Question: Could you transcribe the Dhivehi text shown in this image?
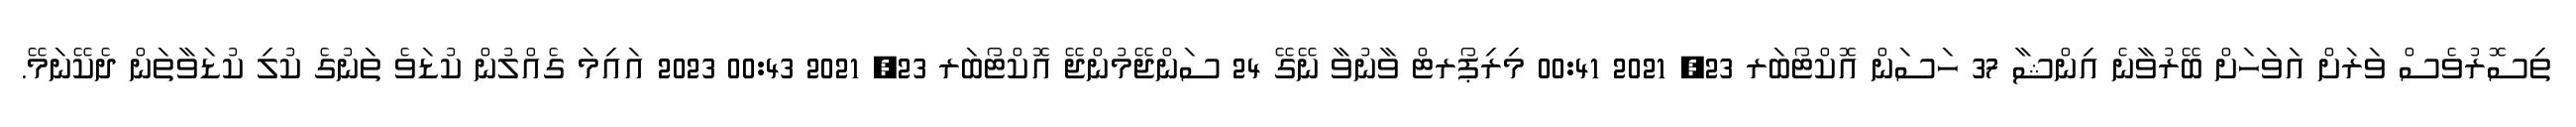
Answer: ތިސޮރުވެސް ވަރަށް އަވަހަށް ބޭރުވާނެ އިންޝާ 37 ހަސަން އޮކްޓޯބަރ 23, 2021 00:41 މިރިޕޯރޓް ވާނުވާ ނޭގޭ 24 ސަންޖޭމުންޖޭ އޮކްޓޯބަރ 23, 2021 00:43 2023 އައިމަ ގެއްލުން ކުޑަވެ ތަނުގެ ކުލި ކުޑަވާތަން ދެކޭނަމޭ.